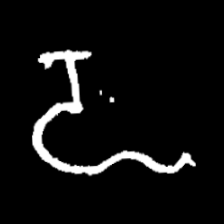
Pyu character \u2014 Myanmar letter: ဍ (romanized: dda)